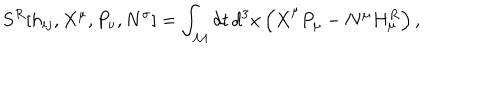
LaTeX: { } S ^ { R } [ h _ { i j } , X ^ { \mu } , P _ { \nu } , N ^ { \sigma } ] = \int _ { \cal M } d t \, d ^ { 3 } x \left( \dot { X } ^ { \mu } P _ { \mu } - N ^ { \mu } H _ { \mu } ^ { R } \right) ,